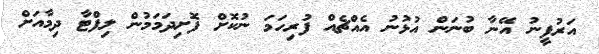
އަރުފީނު އޭނާ ބުނަން އުޅުނު އެއްޗެއް ފުރިހަމަ ނުކޮށް ފޮށިދަމަމުން ލިފްޓާ ދިމާއަށް